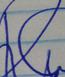
Signature authenticity: genuine